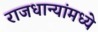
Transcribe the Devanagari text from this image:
राजधान्यांमध्ये